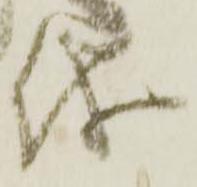
儀